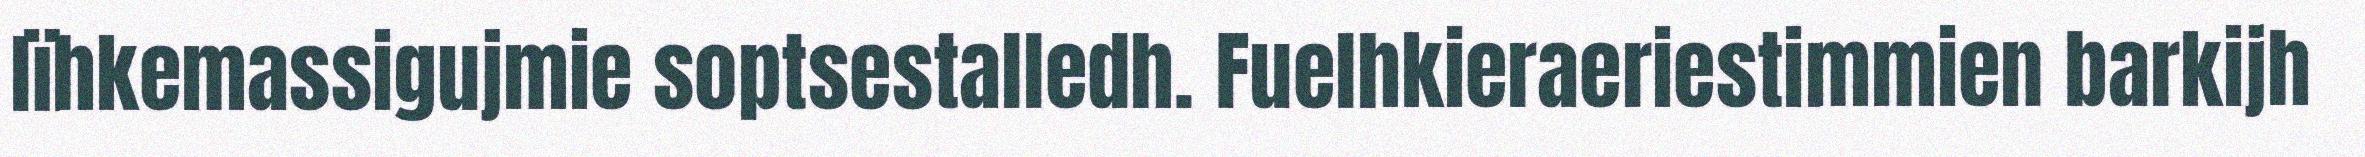
lïhkemassigujmie soptsestalledh. Fuelhkieraeriestimmien barkijh